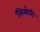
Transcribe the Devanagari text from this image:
सिकोरी